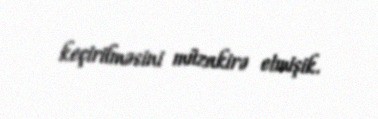
keçirilməsini müzakirə etmişik.